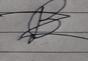
Signature authenticity: forged